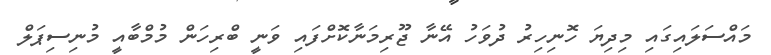
މައްސަލައިގައި މިދިޔަ ހޮނިހިރު ދުވަހު އޭނާ ޖޫރިމަނާކޮށްފައި ވަނީ ބްރިހަން މުމްބާއީ މުނިސިޕަލް